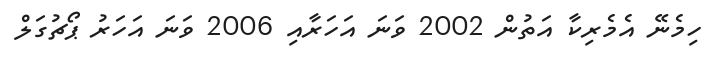
ހިމެނޭ އެމެރިކާ އަތުން 2002 ވަނަ އަހަރާއި 2006 ވަނަ އަހަރު ޕޯޗުގަލް